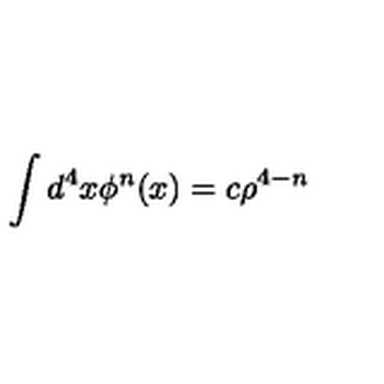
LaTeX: \int d ^ { 4 } x \phi ^ { n } ( x ) = c \rho ^ { 4 - n }